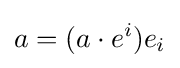
a=(a\cdot e^{i})e_{i}